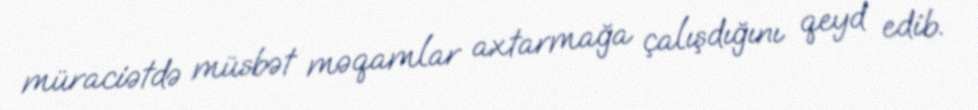
müraciətdə müsbət məqamlar axtarmağa çalışdığını qeyd edib.